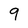
Character: 9